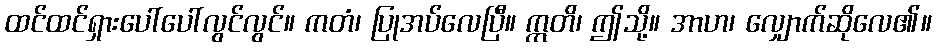
ထင်ထင်ရှားပေါ်ပေါ်လွင်လွင်။ ကတံ၊ ပြုအပ်လေပြီ။ ဣတိ၊ ဤသို့။ အာဟ၊ လျှောက်ဆိုလေ၏။